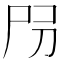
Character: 𡰺